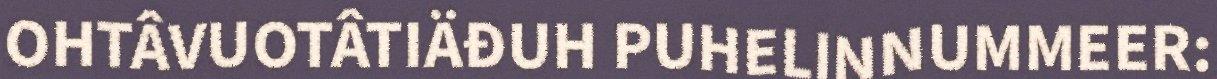
OHTÂVUOTÂTIÄĐUH PUHELINNUMMEER: